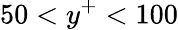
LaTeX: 50<y^{+}<100